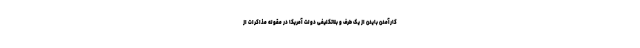
کارآمدن بایدن از یک طرف و بلاتکلیفی دولت آمریکا در مقوله مذاکرات از